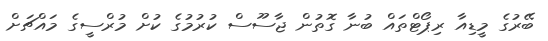
ބޭރުގެ މީޑިއާ ރިޕޯޓްތައް ބުނާ ގޮތުން ޖާސޫސް ކުރުމުގެ ކުށް މުރްސީގެ މައްޗަށް